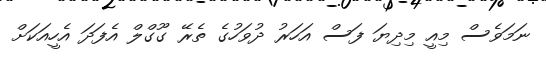
ނަމަވެސް މިއީ މިދިޔަ ފަސް އަހަރު ދުވަހުގެ ތެރޭ ގޫގްލް އެފަދަ އެހީއަކަށް